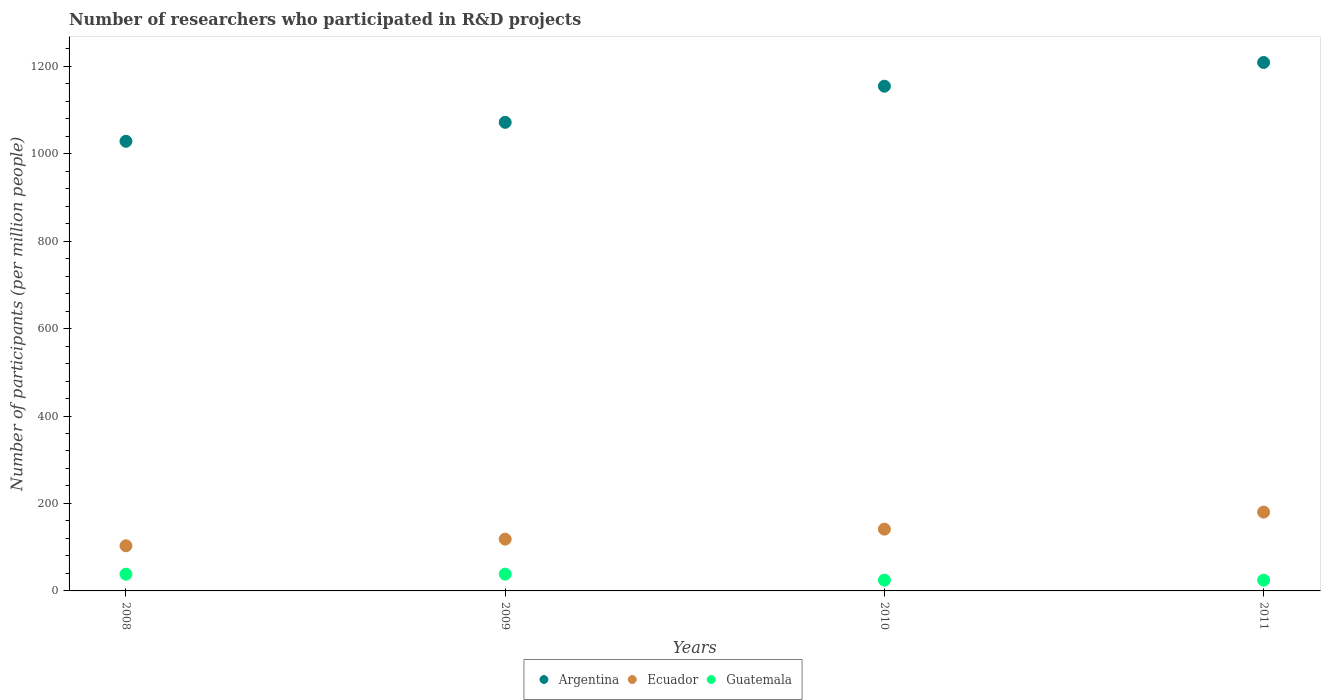
| Years | Argentina | Ecuador | Guatemala |
 | --- | --- | --- | --- |
 | 2008 | 1.03e+03 | 103 | 38.3 |
 | 2009 | 1.07e+03 | 118 | 38.4 |
 | 2010 | 1.15e+03 | 141 | 24.6 |
 | 2011 | 1.21e+03 | 180 | 24.6 |